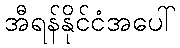
အီရန်နိုင်ငံအပေါ်